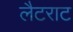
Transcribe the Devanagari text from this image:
लैटराट